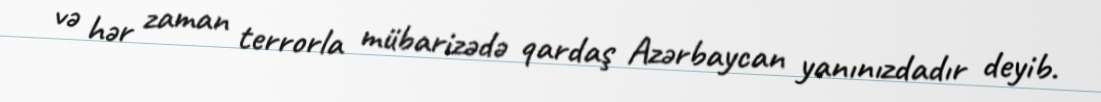
və hər zaman terrorla mübarizədə qardaş Azərbaycan yanınızdadır deyib.